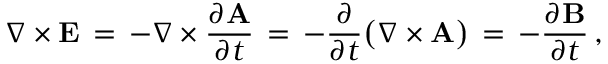
\nabla \times \mathbf { E } \, = \, - \nabla \times { \frac { \partial \mathbf { A } } { \partial t } } \, = \, - { \frac { \partial } { \partial t } } { \big ( } \nabla \times \mathbf { A } { \big ) } \, = \, - { \frac { \partial \mathbf { B } } { \partial t } } \, ,